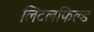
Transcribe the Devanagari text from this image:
लिटलफिल्ड